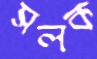
সলক